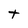
Character: t